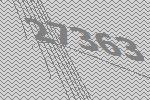
27363